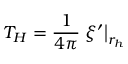
T _ { H } = \frac { 1 } { 4 \pi } \left. \xi ^ { \prime } \right| _ { r _ { h } }